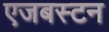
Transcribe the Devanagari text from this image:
एजबस्टन